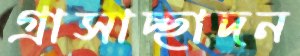
গ্রাসাচ্ছাদন